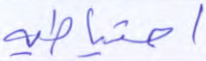
احتياطية